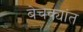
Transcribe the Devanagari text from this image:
बेचक्यांत